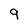
Character: 9